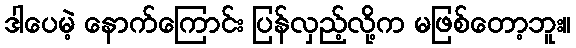
ဒါပေမဲ့ နောက်ကြောင်း ပြန်လှည့်လို့က မဖြစ်တော့ဘူး။